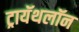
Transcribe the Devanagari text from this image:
ट्रायॅथलॉन